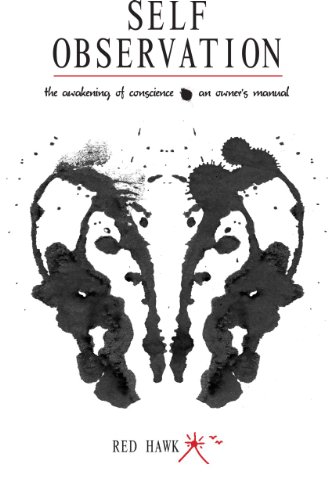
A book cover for Self Observation: The Awakening of Conscience: an Owner's Manual; Red Hawk; Health, Fitness & Dieting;